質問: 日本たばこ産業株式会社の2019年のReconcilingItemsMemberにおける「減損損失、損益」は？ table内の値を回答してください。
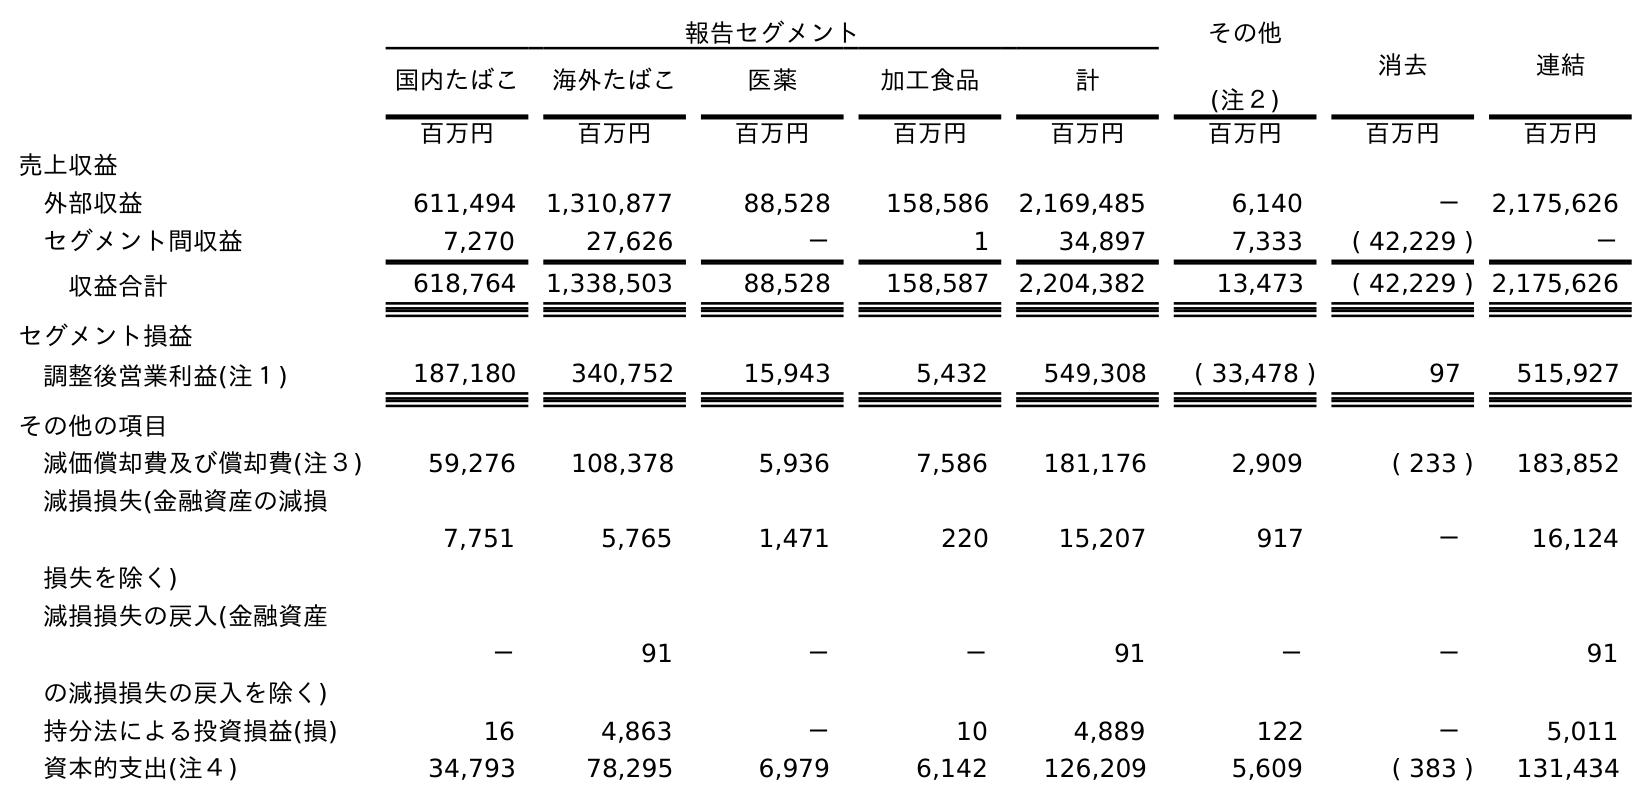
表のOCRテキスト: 報告セグメント その他 (注２) 消去 連結 国内たばこ 海外たばこ 医薬 加工食品 計 百万円 百万円 百万円 百万円 百万円 百万円 百万円 百万円 売上収益 外部収益 611,494 1,310,877 88,528 158,586 2,169,485 6,140 － 2,175,626 セグメント間収益 7,270 27,626 － 1 34,897 7,333 ( 42,229 ) － 収益合計 618,764 1,338,503 88,528 158,587 2,204,382 13,473 ( 42,229 ) 2,175,626 セグメント損益 調整後営業利益(注１) 187,180 340,752 15,943 5,432 549,308 ( 33,478 ) 97 515,927 その他の項目 減価償却費及び償却費(注３) 59,276 108,378 5,936 7,586 181,176 2,909 ( 233 ) 183,852 減損損失(金融資産の減損 損失を除く) 7,751 5,765 1,471 220 15,207 917 － 16,124 減損損失の戻入(金融資産 の減損損失の戻入を除く) － 91 － － 91 － － 91 持分法による投資損益(損) 16 4,863 － 10 4,889 122 － 5,011 資本的支出(注４) 34,793 78,295 6,979 6,142 126,209 5,609 ( 383 ) 131,434
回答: －